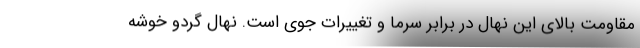
مقاومت بالای این نهال در برابر سرما و تغییرات جوی است. نهال گردو خوشه